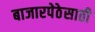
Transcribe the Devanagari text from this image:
बाजारपेठेसाठी